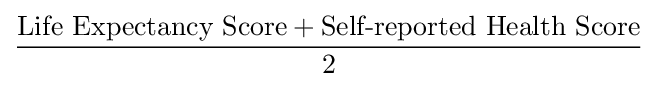
{\frac {{\text{Life Expectancy Score}}+{\text{Self-reported Health Score}}}{2}}